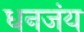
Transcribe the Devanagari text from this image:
धनजंय